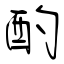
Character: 酌